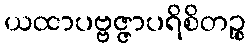
ယထာပဗ္ဗဇ္ဇာပရိစိတဉ္စ